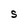
Character: S